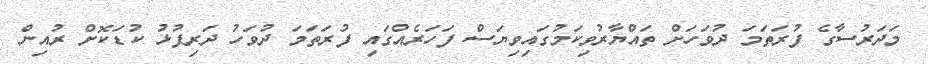
މަދަރުސާގެ ފުރަތަމަ ދުވަހަށް ތައްޔާރުވިކަމުގައިވިޔަސް ފަހަރެއްގައި ފުރަތަމަ ދުވަހު ދަރިފުޅު ކުޑަކޮށް ރުއިން